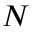
N